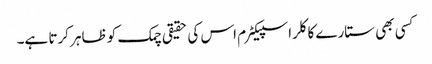
کسی بھی ستارے کا کلر اسپیکٹرم اس کی حقیقی چمک کو ظاہر کرتا ہے۔